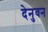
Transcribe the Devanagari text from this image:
देनुवन